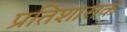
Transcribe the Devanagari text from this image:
प्रतिशासक